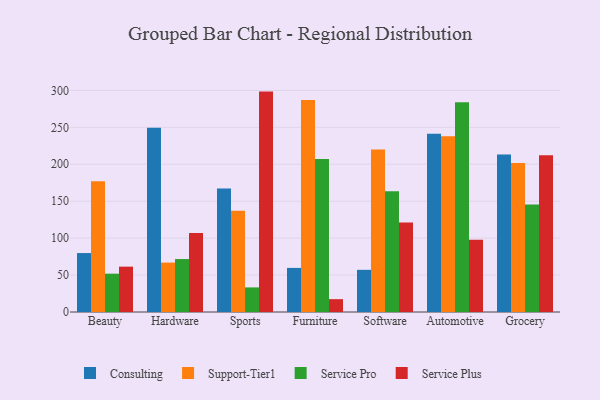
{"axis": {"x": "Category", "y": "Net Income (USD K)"}, "legend": ["Consulting", "Service Plus", "Service Pro", "Support-Tier1"], "data": [{"x": "Beauty", "y": 79.8, "type": "Consulting"}, {"x": "Beauty", "y": 176.9, "type": "Support-Tier1"}, {"x": "Beauty", "y": 51.9, "type": "Service Pro"}, {"x": "Beauty", "y": 61.4, "type": "Service Plus"}, {"x": "Hardware", "y": 249.3, "type": "Consulting"}, {"x": "Hardware", "y": 66.9, "type": "Support-Tier1"}, {"x": "Hardware", "y": 71.7, "type": "Service Pro"}, {"x": "Hardware", "y": 107.1, "type": "Service Plus"}, {"x": "Sports", "y": 167.2, "type": "Consulting"}, {"x": "Sports", "y": 137.1, "type": "Support-Tier1"}, {"x": "Sports", "y": 33.3, "type": "Service Pro"}, {"x": "Sports", "y": 298.4, "type": "Service Plus"}, {"x": "Furniture", "y": 59.7, "type": "Consulting"}, {"x": "Furniture", "y": 286.9, "type": "Support-Tier1"}, {"x": "Furniture", "y": 207.0, "type": "Service Pro"}, {"x": "Furniture", "y": 17.4, "type": "Service Plus"}, {"x": "Software", "y": 57.1, "type": "Consulting"}, {"x": "Software", "y": 219.9, "type": "Support-Tier1"}, {"x": "Software", "y": 163.6, "type": "Service Pro"}, {"x": "Software", "y": 121.3, "type": "Service Plus"}, {"x": "Automotive", "y": 241.3, "type": "Consulting"}, {"x": "Automotive", "y": 238.1, "type": "Support-Tier1"}, {"x": "Automotive", "y": 284.0, "type": "Service Pro"}, {"x": "Automotive", "y": 97.9, "type": "Service Plus"}, {"x": "Grocery", "y": 213.1, "type": "Consulting"}, {"x": "Grocery", "y": 201.9, "type": "Support-Tier1"}, {"x": "Grocery", "y": 145.6, "type": "Service Pro"}, {"x": "Grocery", "y": 212.1, "type": "Service Plus"}]}